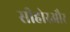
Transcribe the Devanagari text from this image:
सीहोरऔर